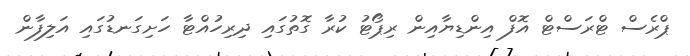
ޕްރެސް ޓްރަސްޓް އޮފް އިންޑިޔާއިން ރިޕޯޓު ކުރާ ގޮތުގައި ދިރިހުއްޓާ ހަށިގަނޑުގައި އަލިފާން